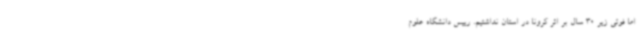
اما فوتی زیر 30 سال بر اثر کرونا در استان نداشتیم. رییس دانشگاه علوم